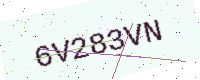
Text: 6V283VN